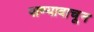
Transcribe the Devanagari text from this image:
पाण्यावाचून